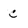
Character: C